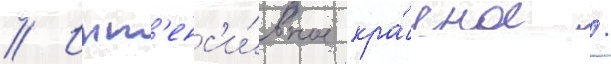
// Инт'енс'и́вное кра́сное /